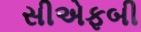
સીએફબી